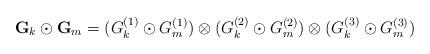
LaTeX: \begin{align*} {\bf G}_k \odot {\bf G}_m = ( G_k^{(1)} \odot G_m^{(1)} ) \otimes (G_k^{(2)} \odot G_m^{(2)} ) \otimes ( G_k^{(3)} \odot G_m^{(3)} ) \end{align*}